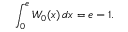
\int _ { 0 } ^ { e } W _ { 0 } ( x ) \, d x = e - 1 .